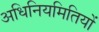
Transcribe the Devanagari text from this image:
अधिनियमितियों